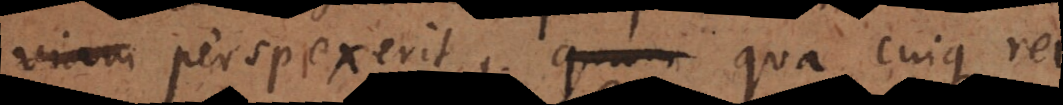
viam perspexerit, quam qua cuique rei